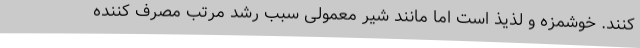
کنند. خوشمزه و لذیذ است اما مانند شیر معمولی سبب رشد مرتب مصرف کننده